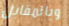
وبالمقابل